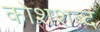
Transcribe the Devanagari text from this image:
कोशशब्द